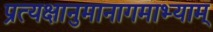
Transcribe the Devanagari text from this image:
प्रत्यक्षानुमानागमाभ्याम्